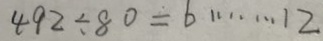
4 9 2 \div 8 0 = 6 \cdots 1 2